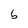
Character: b